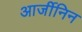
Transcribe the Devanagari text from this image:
आर्जीनिन